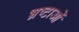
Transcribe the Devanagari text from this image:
भ्रष्टाओं